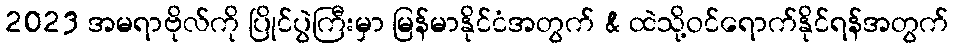
2023 အမရာဗိုလ်ကို ပြိုင်ပွဲကြီးမှာ မြန်မာနိုင်ငံအတွက် & ထဲသို့ဝင်ရောက်နိုင်ရန်အတွက်